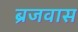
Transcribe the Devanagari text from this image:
ब्रजवास